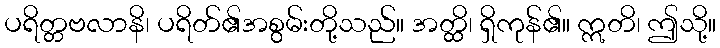
ပရိတ္တဗလာနိ၊ ပရိတ်၏အစွမ်းတို့သည်။ အတ္ထိ၊ ရှိကုန်၏။ ဣတိ၊ ဤသို့။